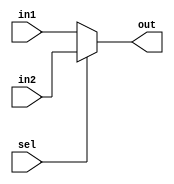
`timescale 1ns/1ps

// Subtask 1.1
module mux_2to1(output out, input sel, input in1, input in2);
    assign out = sel? in2 : in1;
endmodule

module mux_2to1_8bit(output [7:0] out, input sel, input [7:0] in1, input [7:0] in2);
    genvar i;

    generate for(i = 0; i <=7; i = i+1)
    begin
       mux_2to1 m(out[i], sel, in1[i], in2[i]);
    end        
    endgenerate
endmodule

module mux_2to1_32bit(output [31:0] out, input sel, input [31:0] in1, input [31:0] in2);
    genvar j;

    generate for (j=0; j <4; j = j+1)
    begin
        mux_2to1_8bit m(out[8*j+7:8*j],sel,in1[8*j+7:8*j],in2[8*j+7:8*j]);
    end
    endgenerate
endmodule

// Subtask 1.2
module bit32AND (output [31:0] out, input [31:0] in1, input [31:0] in2);
    assign out = in1 & in2;
endmodule

module bit32OR (output [31:0] out, input [31:0] in1, input [31:0] in2);
    assign out = in1 | in2;
endmodule

// Subtask 1.3
module FA(output sum, output cout, input a, input b, input cin);
    assign {cout,sum} = a + b + cin;
endmodule


// module tb32bitand;
//     reg [31:0] IN1,IN2;
//     wire [31:0] OUT;
//     bit32OR a1 (OUT,IN1,IN2);
//     initial
//     begin
//         $monitor(,$time," out=%h",OUT);
//         IN1=32'hA5A5;
//         IN2=32'h5A5A;
//         #100 IN1=32'h5A5A;
//         #400 $finish;
//     end
// endmodule